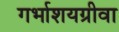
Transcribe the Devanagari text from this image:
गर्भाशयग्रीवा